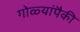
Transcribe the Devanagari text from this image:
गोळ्यांपैकी